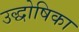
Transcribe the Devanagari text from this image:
उद्धोषिका